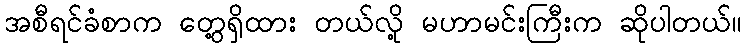
အစီရင်ခံစာက တွေ့ရှိထား တယ်လို့ မဟာမင်းကြီးက ဆိုပါတယ်။